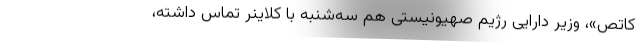
کاتص»، وزیر دارایی رژیم صهیونیستی هم سه‌شنبه با کلاینر تماس داشته،